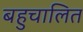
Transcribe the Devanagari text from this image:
बहुचालित